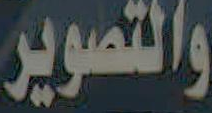
والتصوير